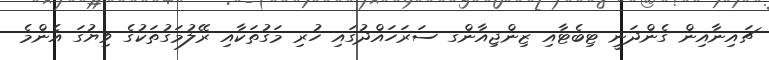
ޗައިނާއިން ގެންދަނީ ޓިބެޓާއި ޒިންޖިއާންގ ސަރަހައްދުގައި ހުރި މަގުތަކާއި ރޭލުމަގުތަކުގެ ވިޔުގަ އެންމެ